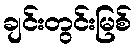
ချင်းတွင်းမြစ်